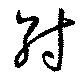
紂